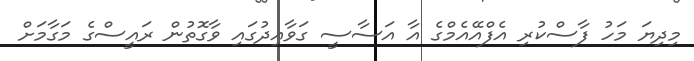
މިދިޔަ މަހު ފާސްކުރި އެފްއޭއެމްގެ އާ އަސާސީ ގަވާއިދުގައި ވާގޮތުން ރައީސްގެ މަގާމަށް